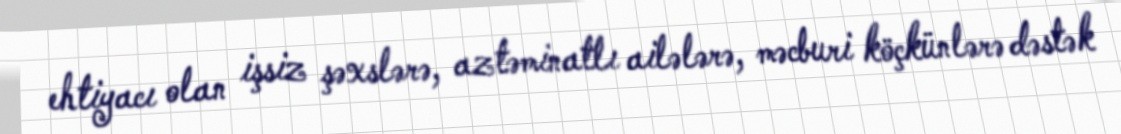
ehtiyacı olan işsiz şəxslərə, aztəminatlı ailələrə, məcburi köçkünlərə dəstək